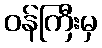
ဝန်ကြီးမှ